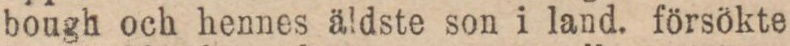
bough och hennes äldste son i land. försökte